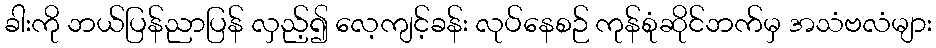
ခါးကို ဘယ်ပြန်ညာပြန် လှည့်၍ လေ့ကျင့်ခန်း လုပ်နေစဉ် ကုန်စုံဆိုင်ဘက်မှ အသံဗလံများ